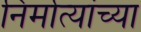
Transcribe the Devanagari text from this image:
निर्मात्यांच्या